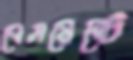
বেসমেন্টে